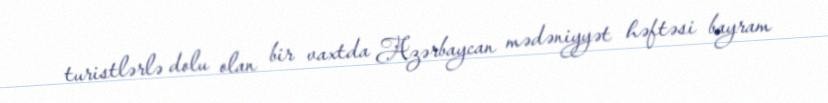
turistlərlə dolu olan bir vaxtda Azərbaycan mədəniyyət həftəsi bayram